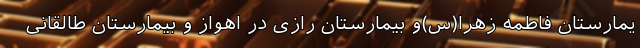
یمارستان فاطمه زهرا(س)و بیمارستان رازی در اهواز و بیمارستان طالقانی